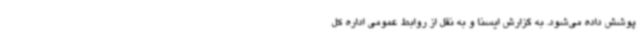
پوشش داده می‌شود. به گزارش ایسنا و به نقل از روابط عمومی اداره کل